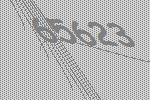
65623